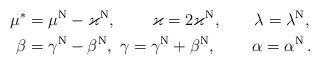
LaTeX: \begin{align*}\mu^*&=\mu^{\rm N}-\varkappa^{\rm N},\qquad\, \varkappa=2\varkappa^{\rm N},\qquad\lambda=\lambda^{\rm N}, \\\beta &=\gamma^{\rm N}-\beta^{\rm N}, \ \gamma =\gamma^{\rm N}+\beta^{\rm N}, \,\qquad\alpha =\alpha ^{\rm N}\,.\end{align*}